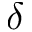
\delta